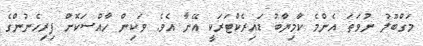
މަގްބޫލު ނުވަތަ އެންމެ ކާމިޔާބު ޑައިރެކްޓަރަކީ އޭނާ އެވެ. ވަކިން ހާއްސަކޮށް ފިރިހެނުންގެ